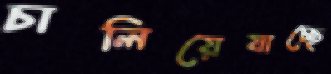
চালিয়েযাচ্ছে